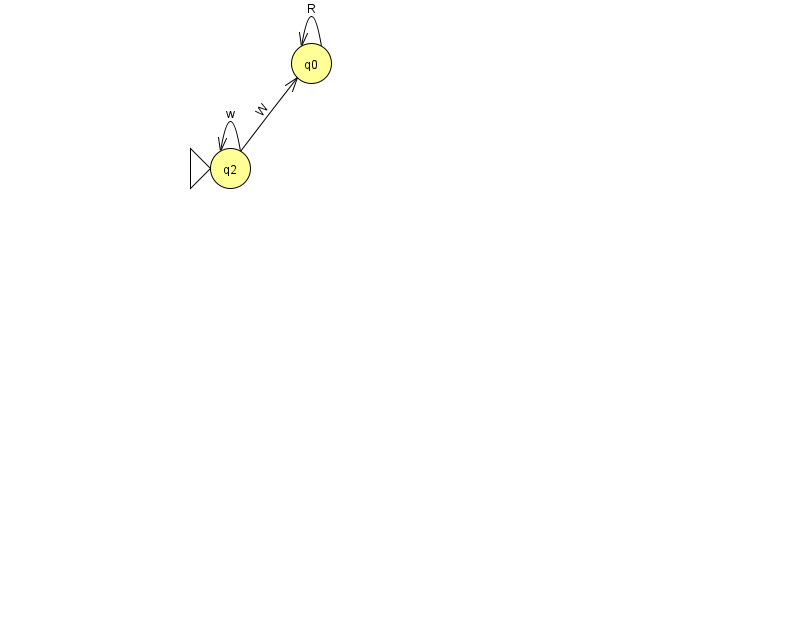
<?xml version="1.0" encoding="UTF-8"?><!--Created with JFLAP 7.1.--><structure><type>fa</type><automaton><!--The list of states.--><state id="0" name="q0"><x>311.0</x><y>50.0</y></state><state id="2" name="q2"><x>230.0</x><y>155.0</y><initial/></state><!--The list of transitions.--><transition><from>2</from><to>0</to><read>W</read></transition><transition><from>0</from><to>0</to><read>R</read></transition><transition><from>2</from><to>2</to><read>w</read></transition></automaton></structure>